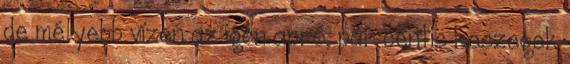
de mélyebb vízen az igen apró, pár centis keszegek